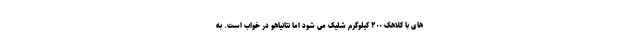
های با کلاهک ۲۰۰ کیلوگرم شلیک می شود اما نتانیاهو در خواب است. به